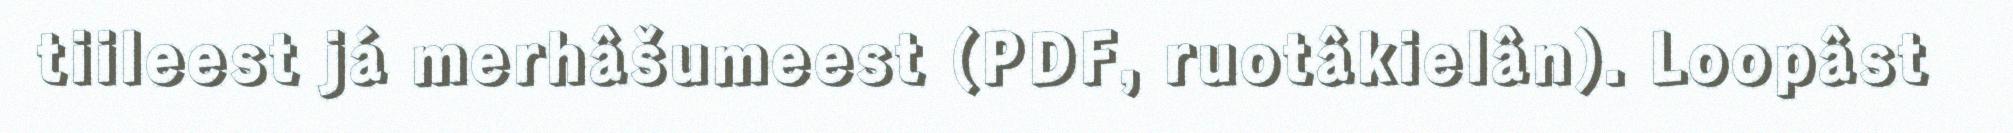
tiileest já merhâšumeest (PDF, ruotâkielân). Loopâst